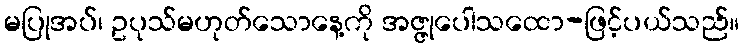
မပြုအပ်၊ ဥပုသ်မဟုတ်သောနေ့ကို အဇ္ဇုပေါသထော-ဖြင့်ပယ်သည်။